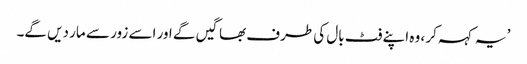
’ یہ کہہ کر ، وہ اپنے فٹ بال کی طرف بھاگیں گے اور اسے زور سے مار دیں گے۔